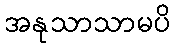
အနုသာသာမပိ